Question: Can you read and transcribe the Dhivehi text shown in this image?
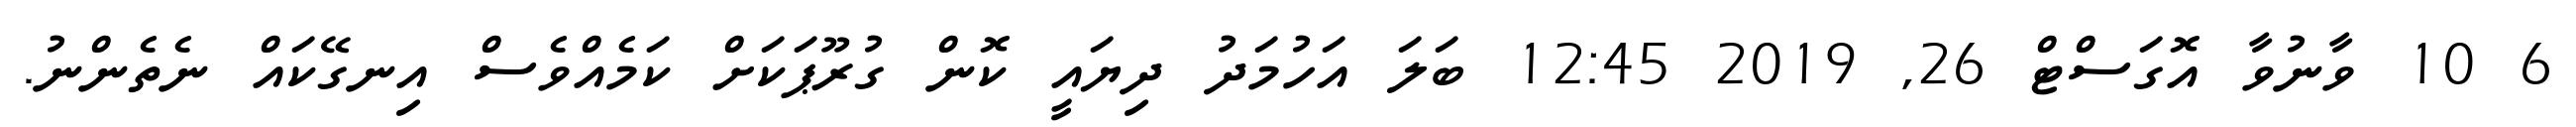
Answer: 6 10 ވާނުވާ އޮގަސްޓް 26, 2019 12:45 ބަލަ އަހުމަދު ދިޔައީ ކޮން ގުރޫޕަކަށް ކަމެއްވެސް އިނގޭކައް ނެތެންނު.